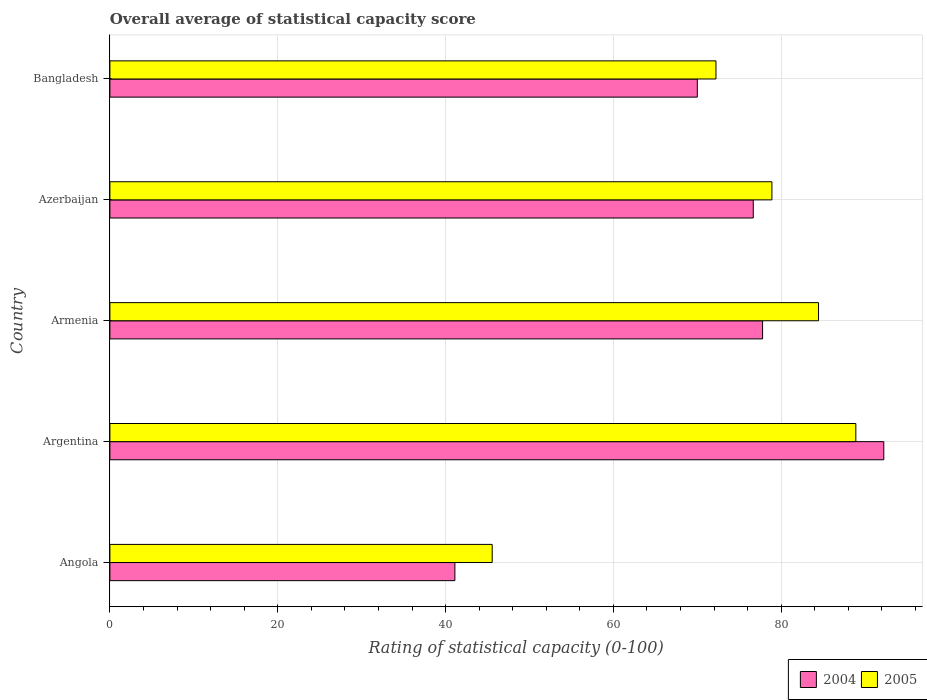
| Country | 2004 | 2005 |
 | --- | --- | --- |
 | Angola | 41.1 | 45.6 |
 | Argentina | 92.2 | 88.9 |
 | Armenia | 77.8 | 84.4 |
 | Azerbaijan | 76.7 | 78.9 |
 | Bangladesh | 70 | 72.2 |